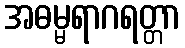
အဓမ္မရာဂရတ္တာ